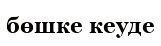
бөшке кеуде